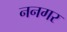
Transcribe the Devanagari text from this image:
ननगर